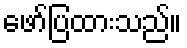
ဖော်ပြထားသည်။